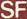
SF